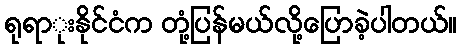
ရုရာုးနိုင်ငံက တုံ့ပြန်မယ်လို့ပြောခဲ့ပါတယ်။